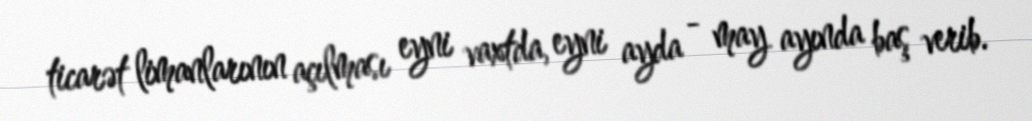
ticarət limanlarının açılması eyni vaxtda, eyni ayda - may ayında baş verib.